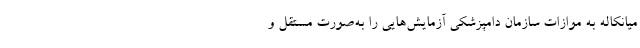
میانکاله به موازات سازمان دامپزشکی آزمایش‌هایی را به‌صورت مستقل و